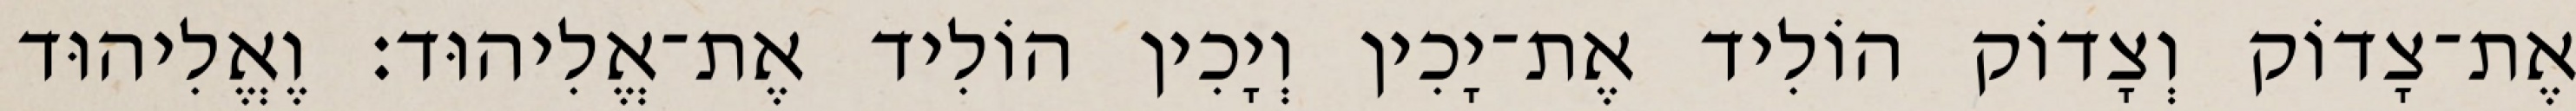
אֶת־צָדוֹק וְצָדוֹק הוֹלִיד אֶת־יָכִין וְיָכִין הוֹלִיד אֶת־אֱלִיהוּד׃ וֶאֱלִיהוּד